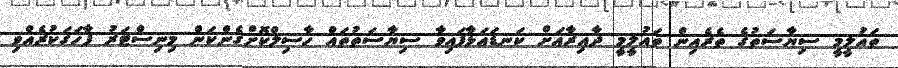
ތައުލީމީ ސިޔާސަތުގެ ތެރެއިން ތައުލީމީ ދާއިރާއަށް ކަނޑައަޅާފައިވާ ސިޔާސަތުތައް ހާސިލްކޮށްގެންކަން މިނިސްޓަރު ފާހަގަކުރެއްވި